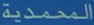
المحمدية